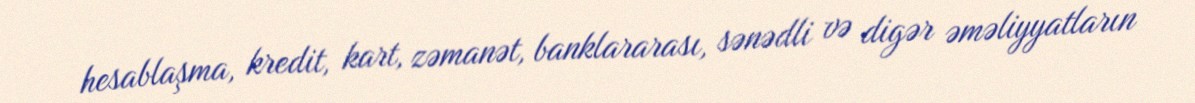
hesablaşma, kredit, kart, zəmanət, banklararası, sənədli və digər əməliyyatların